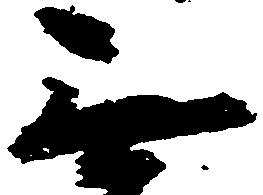
無